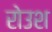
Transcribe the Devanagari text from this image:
रोउश